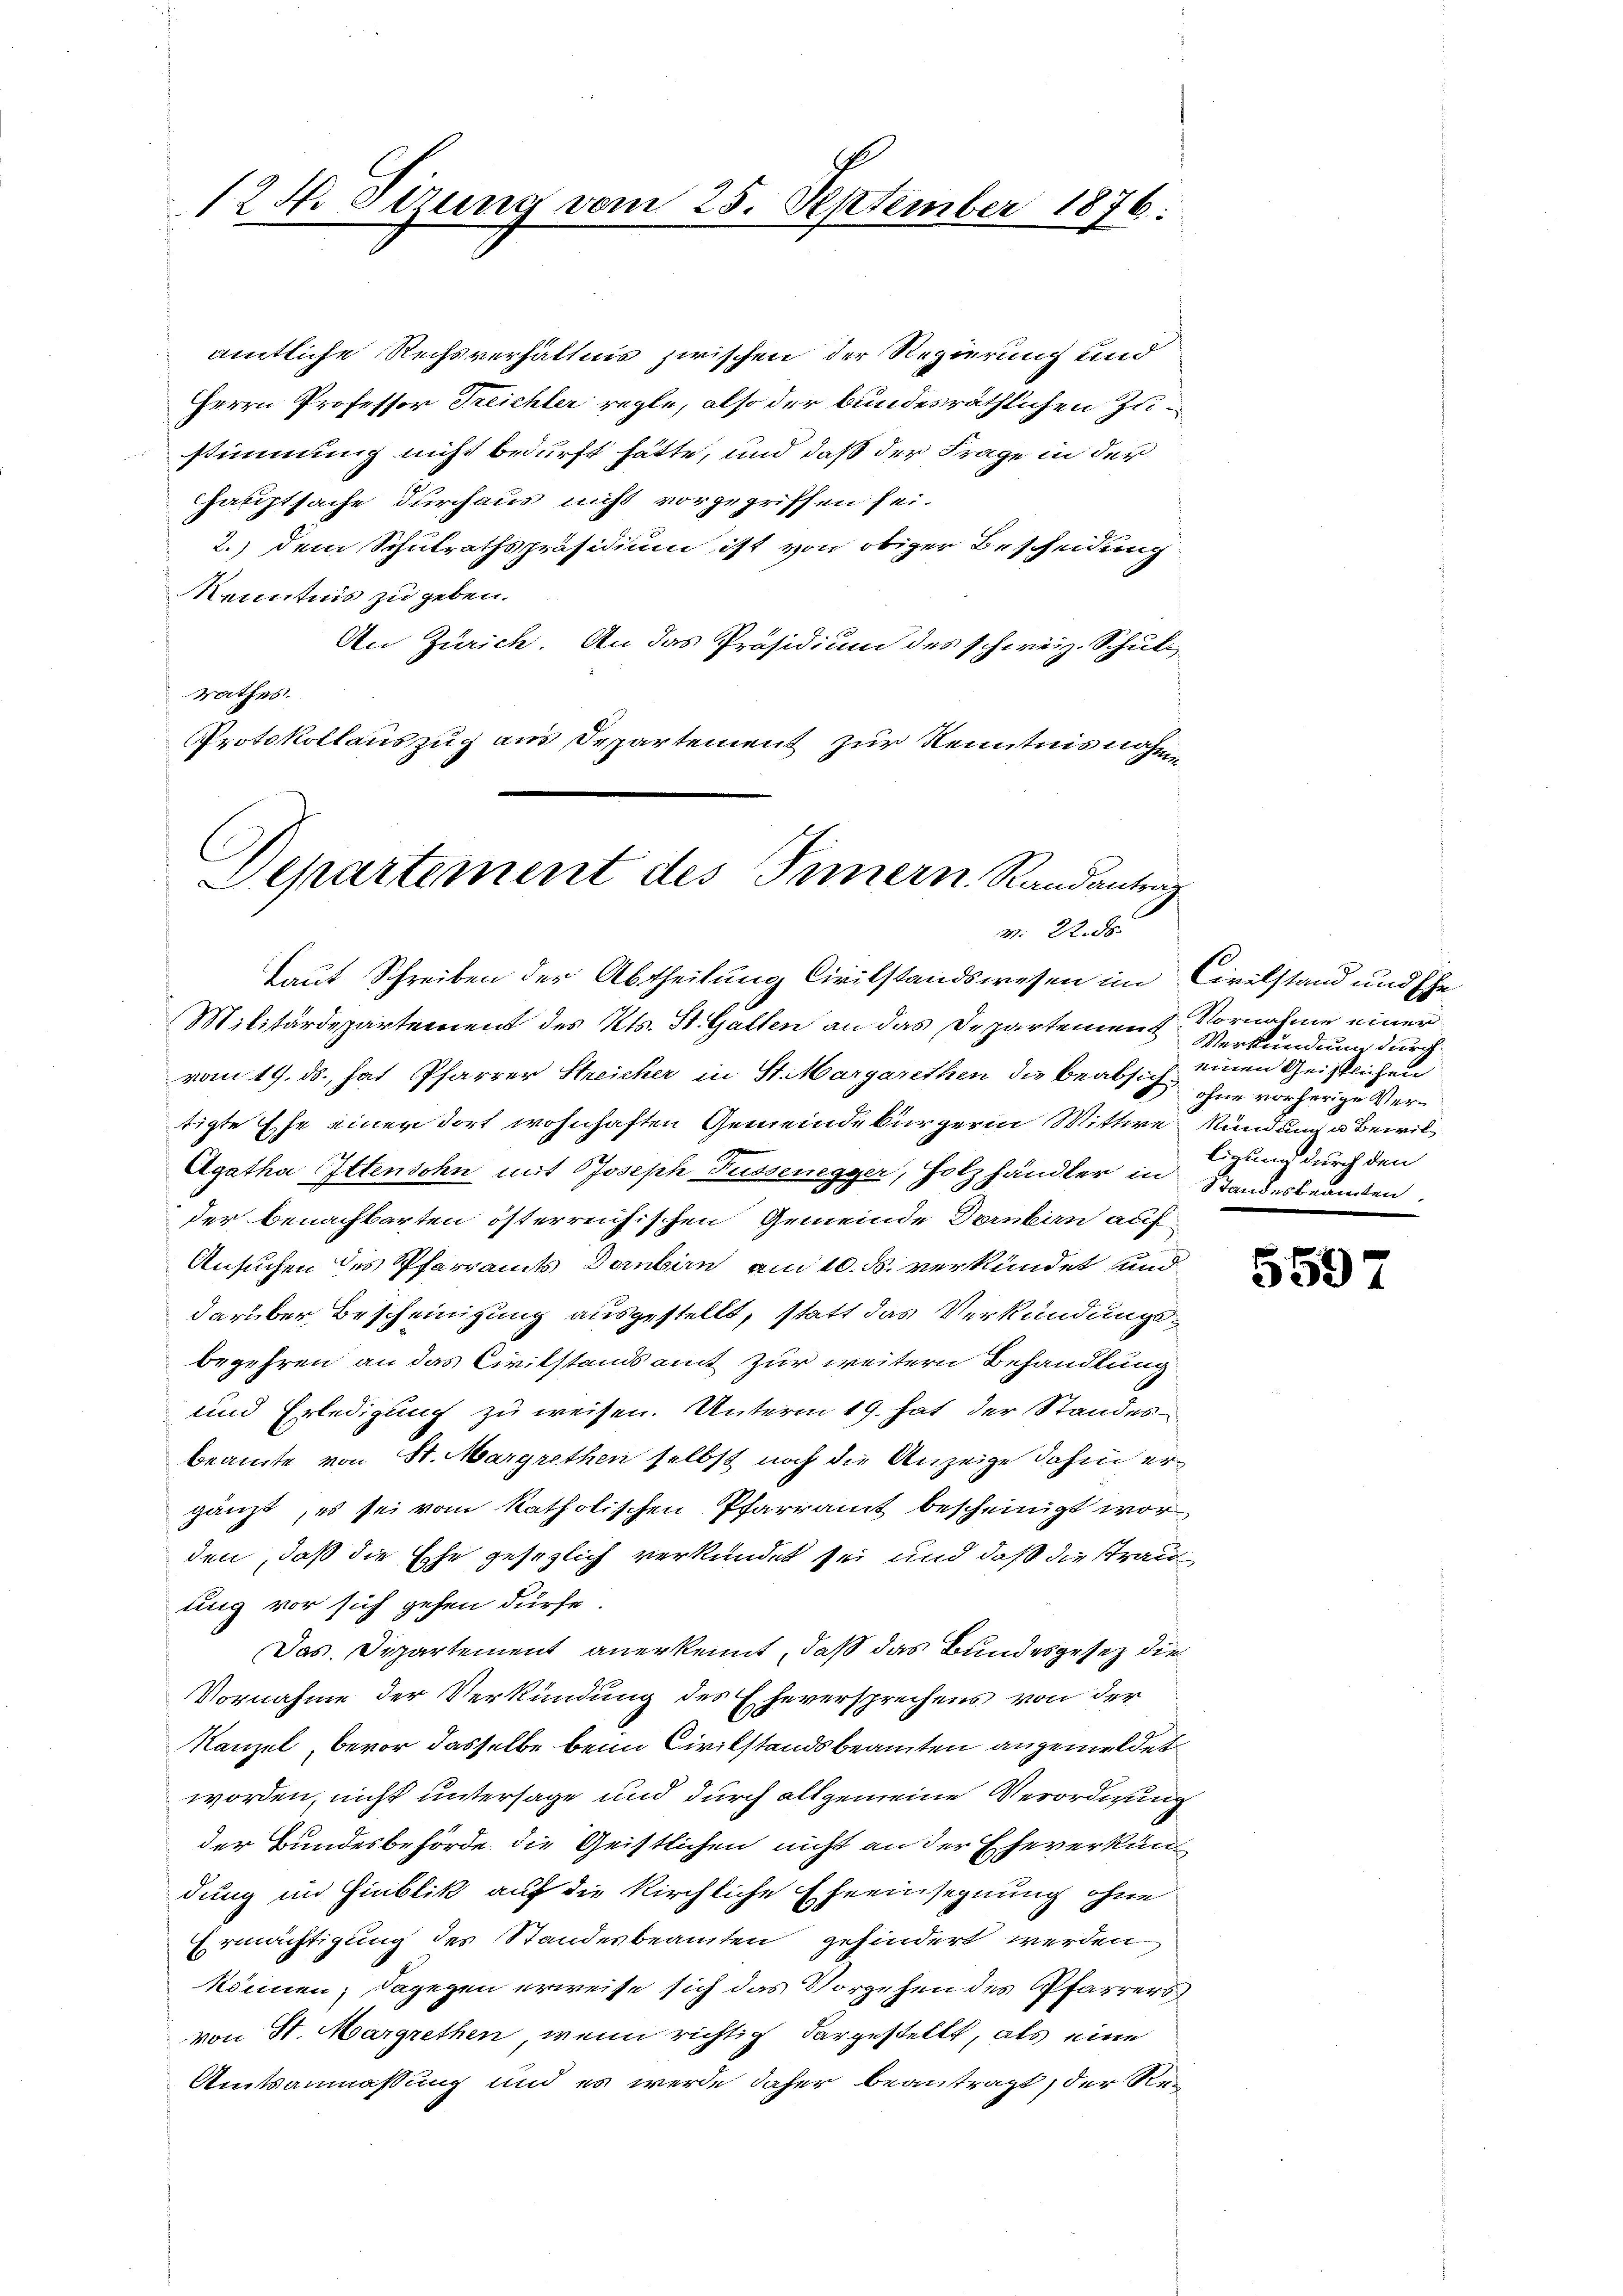
124. Sizung vom 25. September 1876.

amtliche Rechsverhältnis zwischen der Regierung und
Herrn Professor Treichler regle, also der bundesräthlichen Zustimmung nicht bedurft hätte, und daß der Frage in der
Hauptsache durchaus nicht vorgegriffen sei.
2.) dem Schulrathspräsidium ist von obiger Bescheidung
Kenntnis zu geben.
An Zürich. An das Präsidium des schweiz. Schuli
rathes.
Protokollauszug aus Departement zur Kenntnis nahme

G
Separtement des Innern Randanträg
v. 2. ds.

Militärdepartement des Kts. St. Gallen an das Departement Vornahme einer
vom 19. ds., hat Pfarrer Streicher in St. Margarethen die beabsich
tigte Ehe einer dort wohnhaften Gemeindebürgerin Wittwe Kündung u Bewil¬
Agatha Ittensohn mit Joseph Fussenegger, Holzhändler in Standesbeanden,
der benachbarten österreichischen Gemeinde Dornbirn auf
Ansuchen des Pfarramts Dornbirn am 10. ds. verkündet und
darüber Bescheinigung ausgestellt, statt das Verkündungsbegehren an das Civilstandsamt zur weitern Behandlung
und Erledigung zu weisen. Unterm 19. hat der Standes
beamte von St. Margrethen selbst noch die Anzeige dahin ergänzt, es sei vom katholischen Pfarramt bescheinigt worden, daß die Ehe gesezlich verkündet sei und daß die Strau
ung vor sich gehen dürfe
Das Departement anerkennt, daß das Bundesgesez die
Vornahme der Verkündung des Eheversprechens von der
Kanzel, bevor dasselbe beim Civilstandsbeamten angemeldet
worden, nicht untersage und durch allgemeine Verordnung
der Bundesbehörde die Geistlichen nicht an der Eheverkündung im Hinblik auf die kirchliche Eheeinsegnung ohne
Ermächtigung des Standesbeamten gehindert werden
können; dagegen erweise sich das Vorgehen des Pfarrers
von St. Margrethen, wenn richtig dargestellt, als eine
Amtsanmassung und es werde daher beantragt, der Re¬

Laut Schreiben der Abtheilung Civilstandswesen im Civilstand und Ehe

Verkünduung durch
einen Geistlichen
ohne vorherige Verligung durch den

5597